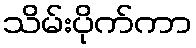
သိမ်းပိုက်ကာ